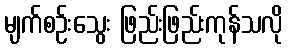
မျက်စဉ်းသွေး ဖြည်းဖြည်းကုန်သလို